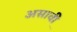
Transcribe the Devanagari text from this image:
असावी़